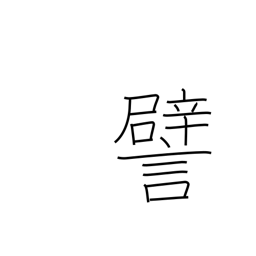
Meaning: illustrate